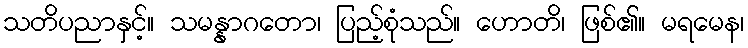
သတိပညာနှင့်။ သမန္နာဂတော၊ ပြည့်စုံသည်။ ဟောတိ၊ ဖြစ်၏။ မရမေန၊